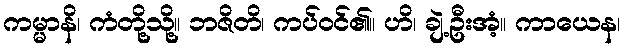
ကမ္မာနိ၊ ကံတို့သို့။ ဘဇိတိ၊ ကပ်ဝင်၏။ ဟိ၊ ချဲ့ဦးအံ့။ ကာယေန၊